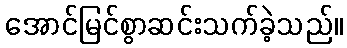
အောင်မြင်စွာဆင်းသက်ခဲ့သည်။